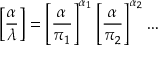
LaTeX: \left[ { \frac { \alpha } { \lambda } } \right] = \left[ { \frac { \alpha } { \pi _ { 1 } } } \right] ^ { \alpha _ { 1 } } \left[ { \frac { \alpha } { \pi _ { 2 } } } \right] ^ { \alpha _ { 2 } } \dots